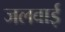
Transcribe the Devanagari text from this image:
जलवाई